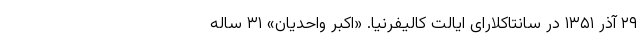
۲۹ آذر ۱۳۵۱ در سانتاکلارای ایالت کالیفرنیا. «اکبر واحدیان» ۳۱ ساله